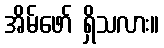
အိမ်ဖော် ရှိသလား။